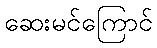
ဆေးမင်ကြောင်